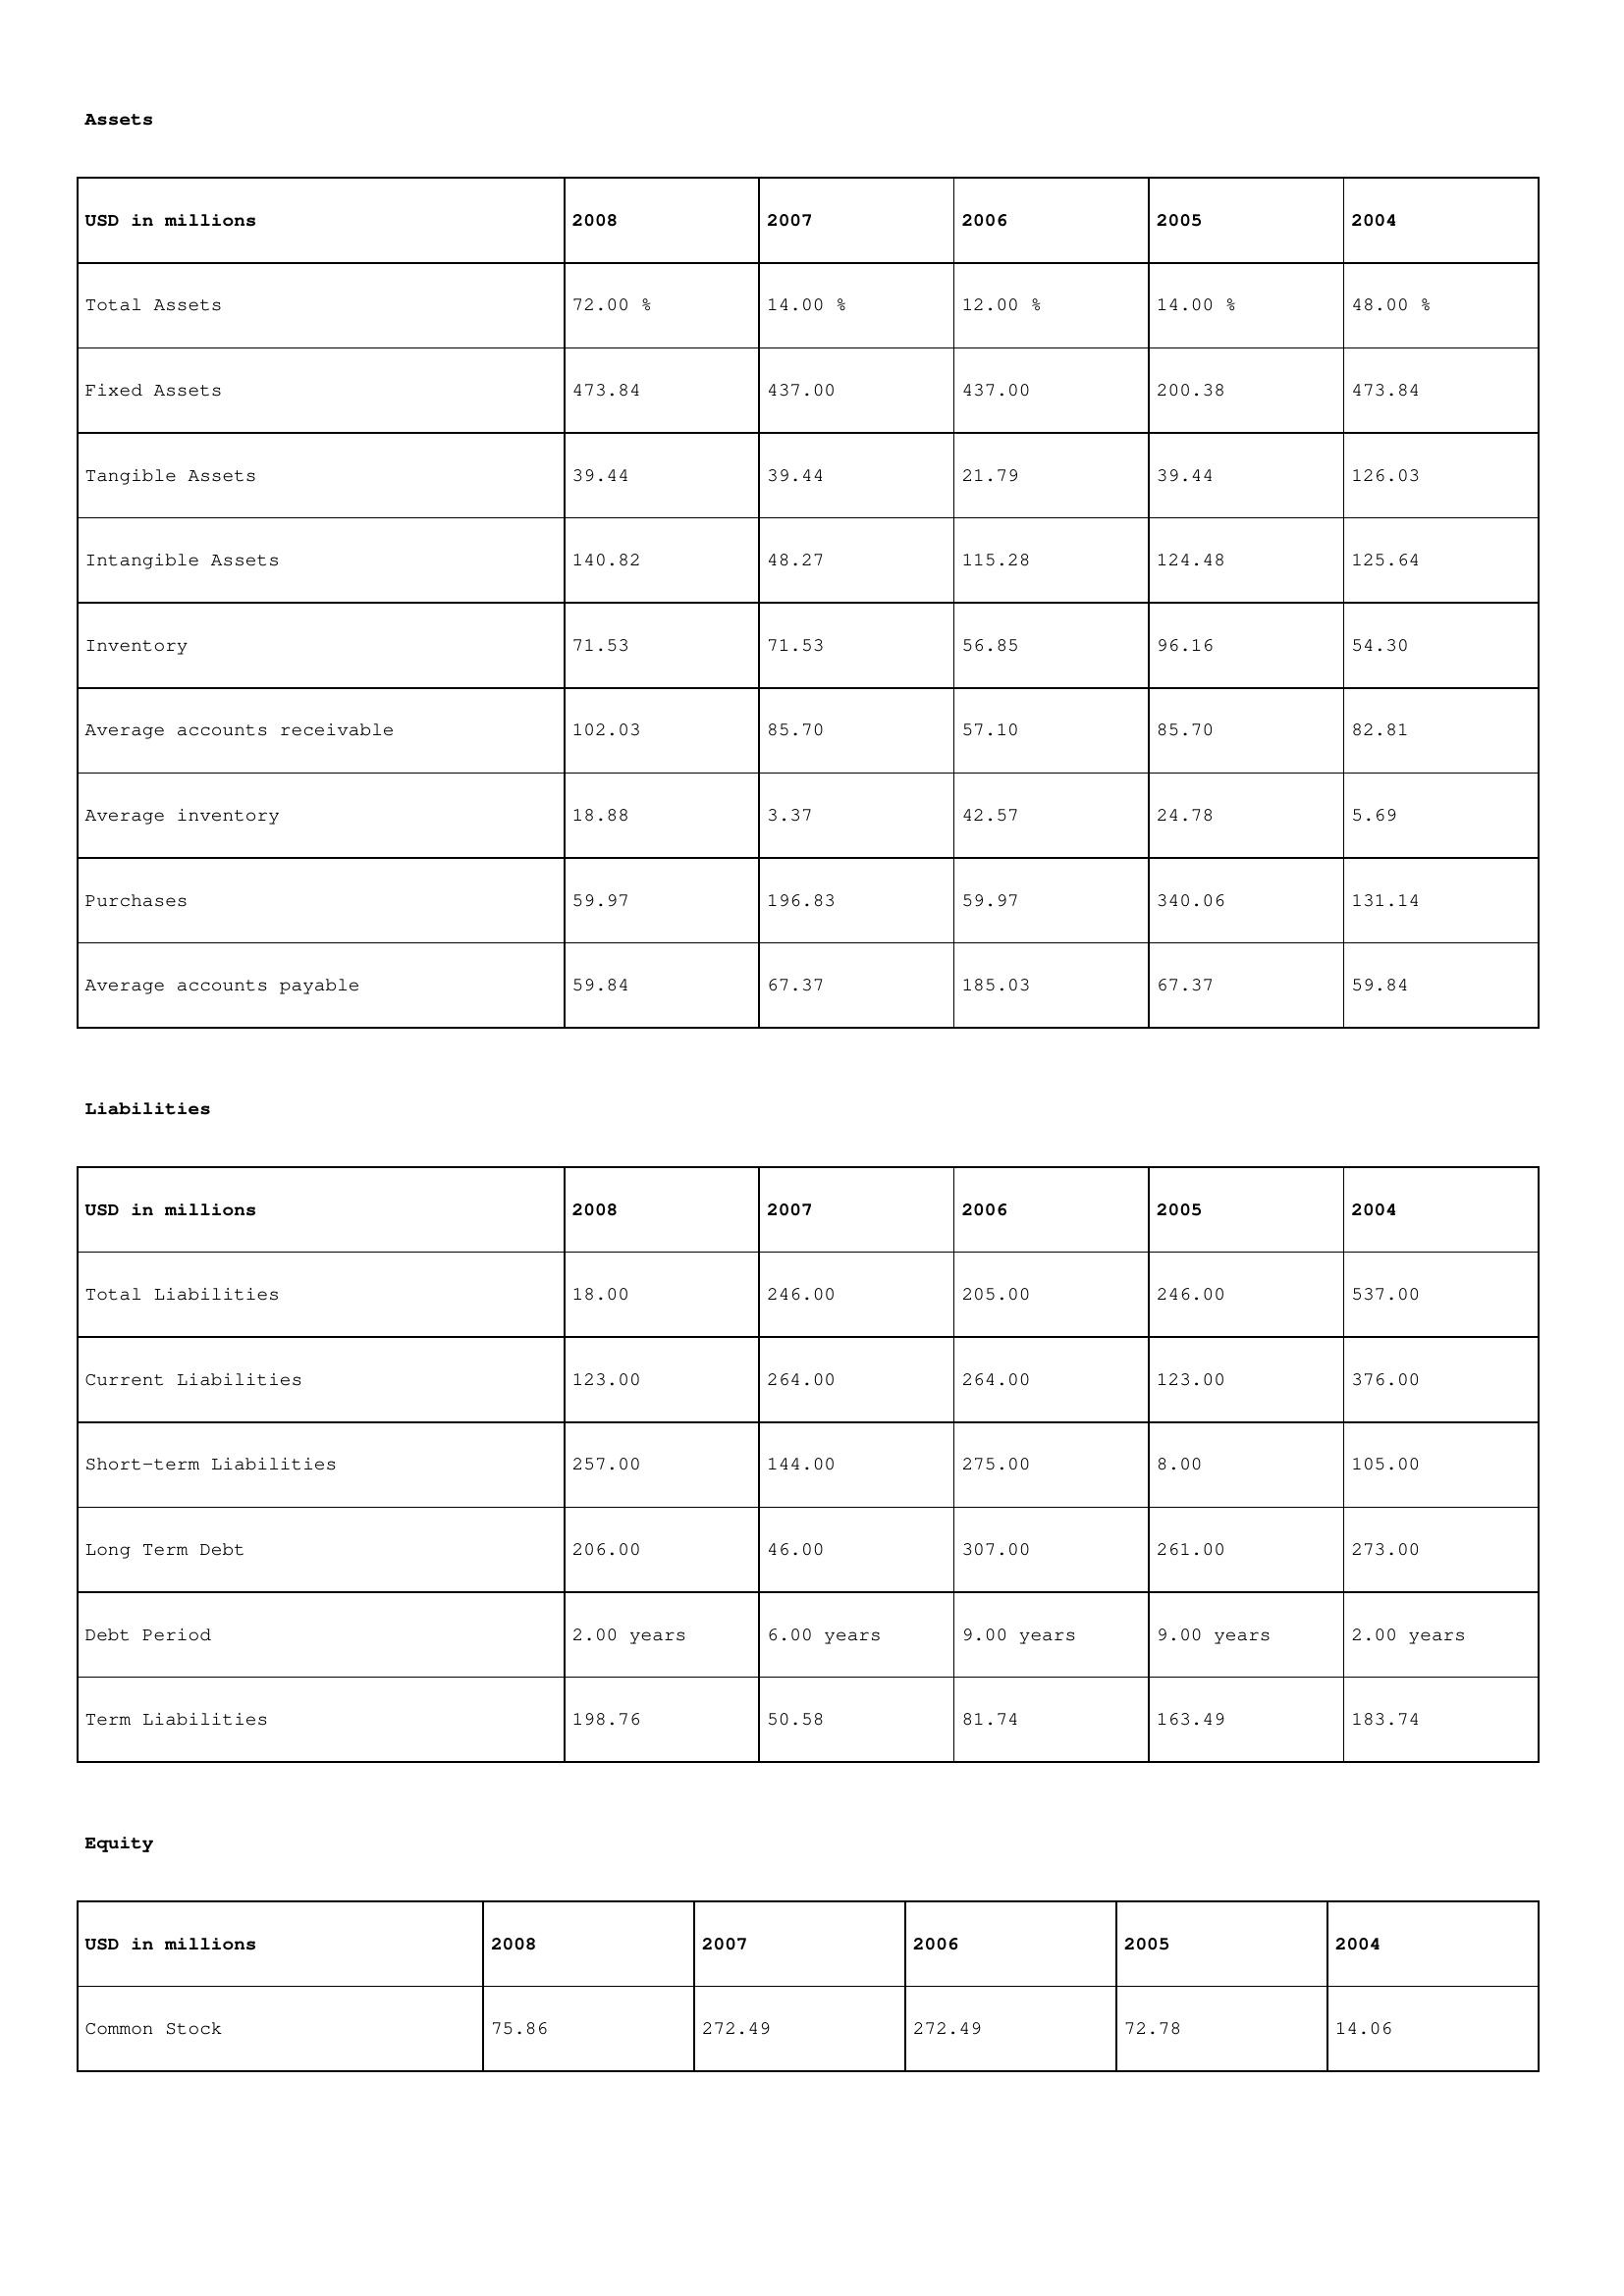
gt_parse: 2008: Assets: Total Assets: 72.00 %
Fixed Assets: 473.84
Tangible Assets: 39.44
Intangible Assets: 140.82
Inventory: 71.53
Average accounts receivable: 102.03
Average inventory: 18.88
Purchases: 59.97
Average accounts payable: 59.84
Liabilities: Total Liabilities: 18.00
Current Liabilities: 123.00
Short-term Liabilities: 257.00
Long Term Debt: 206.00
Debt Period: 2.00 years
Term Liabilities: 198.76
Equity: Common Stock: 75.86
2007: Assets: Total Assets: 14.00 %
Fixed Assets: 437.00
Tangible Assets: 39.44
Intangible Assets: 48.27
Inventory: 71.53
Average accounts receivable: 85.70
Average inventory: 3.37
Purchases: 196.83
Average accounts payable: 67.37
Liabilities: Total Liabilities: 246.00
Current Liabilities: 264.00
Short-term Liabilities: 144.00
Long Term Debt: 46.00
Debt Period: 6.00 years
Term Liabilities: 50.58
Equity: Common Stock: 272.49
2006: Assets: Total Assets: 12.00 %
Fixed Assets: 437.00
Tangible Assets: 21.79
Intangible Assets: 115.28
Inventory: 56.85
Average accounts receivable: 57.10
Average inventory: 42.57
Purchases: 59.97
Average accounts payable: 185.03
Liabilities: Total Liabilities: 205.00
Current Liabilities: 264.00
Short-term Liabilities: 275.00
Long Term Debt: 307.00
Debt Period: 9.00 years
Term Liabilities: 81.74
Equity: Common Stock: 272.49
2005: Assets: Total Assets: 14.00 %
Fixed Assets: 200.38
Tangible Assets: 39.44
Intangible Assets: 124.48
Inventory: 96.16
Average accounts receivable: 85.70
Average inventory: 24.78
Purchases: 340.06
Average accounts payable: 67.37
Liabilities: Total Liabilities: 246.00
Current Liabilities: 123.00
Short-term Liabilities: 8.00
Long Term Debt: 261.00
Debt Period: 9.00 years
Term Liabilities: 163.49
Equity: Common Stock: 72.78
2004: Assets: Total Assets: 48.00 %
Fixed Assets: 473.84
Tangible Assets: 126.03
Intangible Assets: 125.64
Inventory: 54.30
Average accounts receivable: 82.81
Average inventory: 5.69
Purchases: 131.14
Average accounts payable: 59.84
Liabilities: Total Liabilities: 537.00
Current Liabilities: 376.00
Short-term Liabilities: 105.00
Long Term Debt: 273.00
Debt Period: 2.00 years
Term Liabilities: 183.74
Equity: Common Stock: 14.06